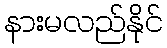
နားမလည်နိုင်